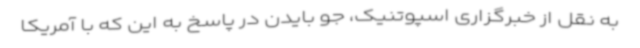
به نقل از خبرگزاری اسپوتنیک، جو بایدن در پاسخ به این که با آمریکا